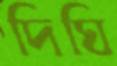
দিঘি